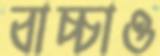
বাচ্চাও